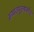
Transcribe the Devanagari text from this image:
ख्यातपुरुषकोश